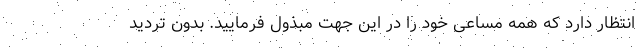
انتظار دارد که همه مساعی خود را در این جهت مبذول فرمایید. بدون تردید